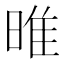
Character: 㫿